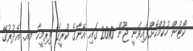
ކޯޓުން ހުކުމްކޮށްފައިވަނީ ޖޫން 2010 ގައި އޭނާގެ ކުރީގެ ފިރިމީހާ މއ. އެދުރުގޭ